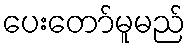
ပေးတော်မူမည်